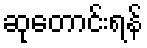
ဆုတောင်းရန်